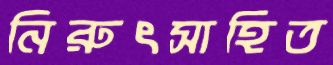
নিরুৎসাহিত